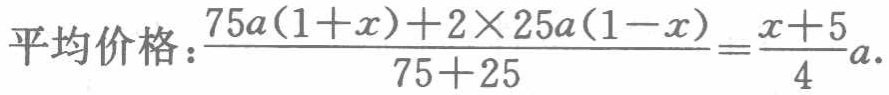
平均价格：\(\frac{75a(1 + x) + 2\times25a(1 - x)}{75 + 25} = \frac{x + 5}{4}a\)